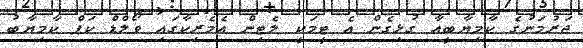
ޖަރުމަނުގެ ކާމިޔާބީއާ ގުޅިގެން އެ ޓީމަކީ ލެޓިން އެމެރިކާގައި ވޯލްޑް ކަޕް ކާމިޔާބު